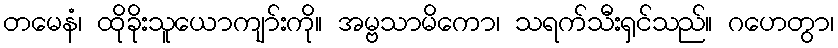
တမေနံ၊ ထိုခိုးသူယောကျာ်းကို။ အမ္ဗသာမိကော၊ သရက်သီးရှင်သည်။ ဂဟေတွာ၊